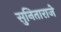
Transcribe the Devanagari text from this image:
सुनिताराजे